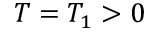
T = T _ { 1 } > 0